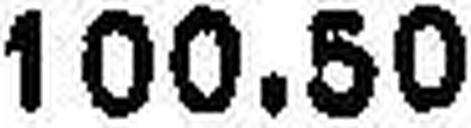
100.50